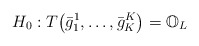
\begin{align*} H_0: T\bigl(\bar{g}_1^1,\dots,\bar{g}_K^K\bigr) = \mathbb{O}_L\end{align*}